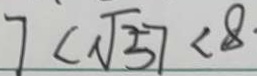
7 < \sqrt { 5 7 } < 8